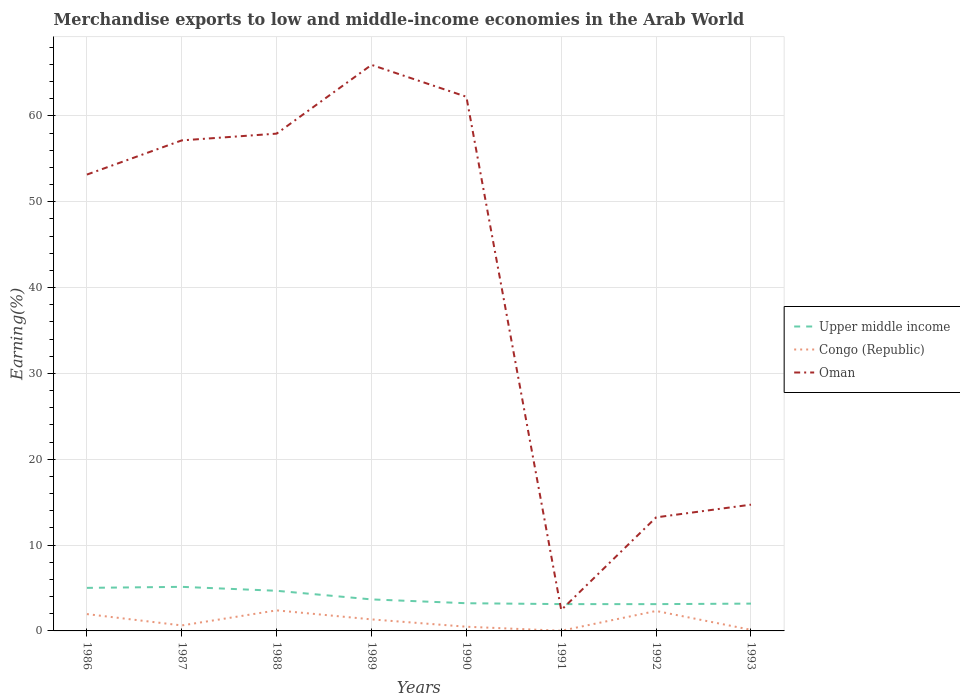
| Years | Upper middle income | Congo (Republic) | Oman |
 | --- | --- | --- | --- |
 | 1986 | 5.01 | 1.96 | 53.2 |
 | 1987 | 5.13 | 0.639 | 57.1 |
 | 1988 | 4.67 | 2.39 | 57.9 |
 | 1989 | 3.67 | 1.34 | 65.9 |
 | 1990 | 3.23 | 0.489 | 62.2 |
 | 1991 | 3.12 | 0.0192 | 2.43 |
 | 1992 | 3.12 | 2.32 | 13.2 |
 | 1993 | 3.18 | 0.129 | 14.7 |